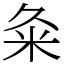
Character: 粂